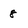
Character: 8